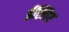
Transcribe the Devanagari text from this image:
ईस्लिए